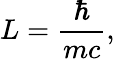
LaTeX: L={\frac{\hbar}{mc}},